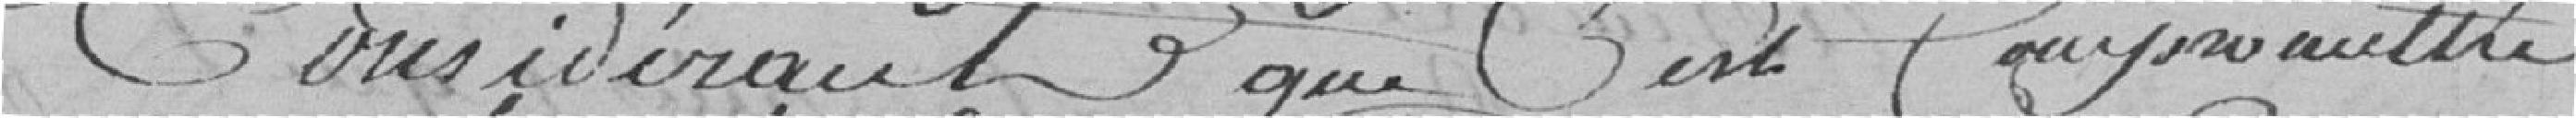
Considérant que c'est compromettre